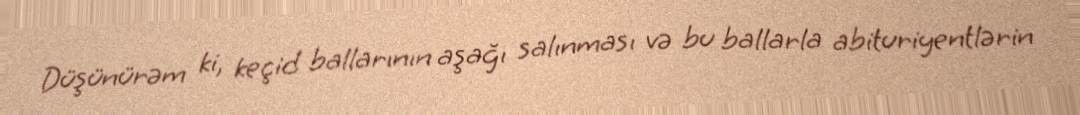
Düşünürəm ki, keçid ballarının aşağı salınması və bu ballarla abituriyentlərin